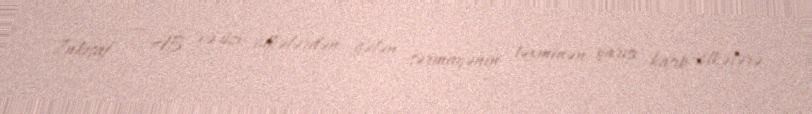
İnkişaf — AB və üzv ölkələrdən gələn sərmayənin təxminən yarısı kasıb ölkələrə